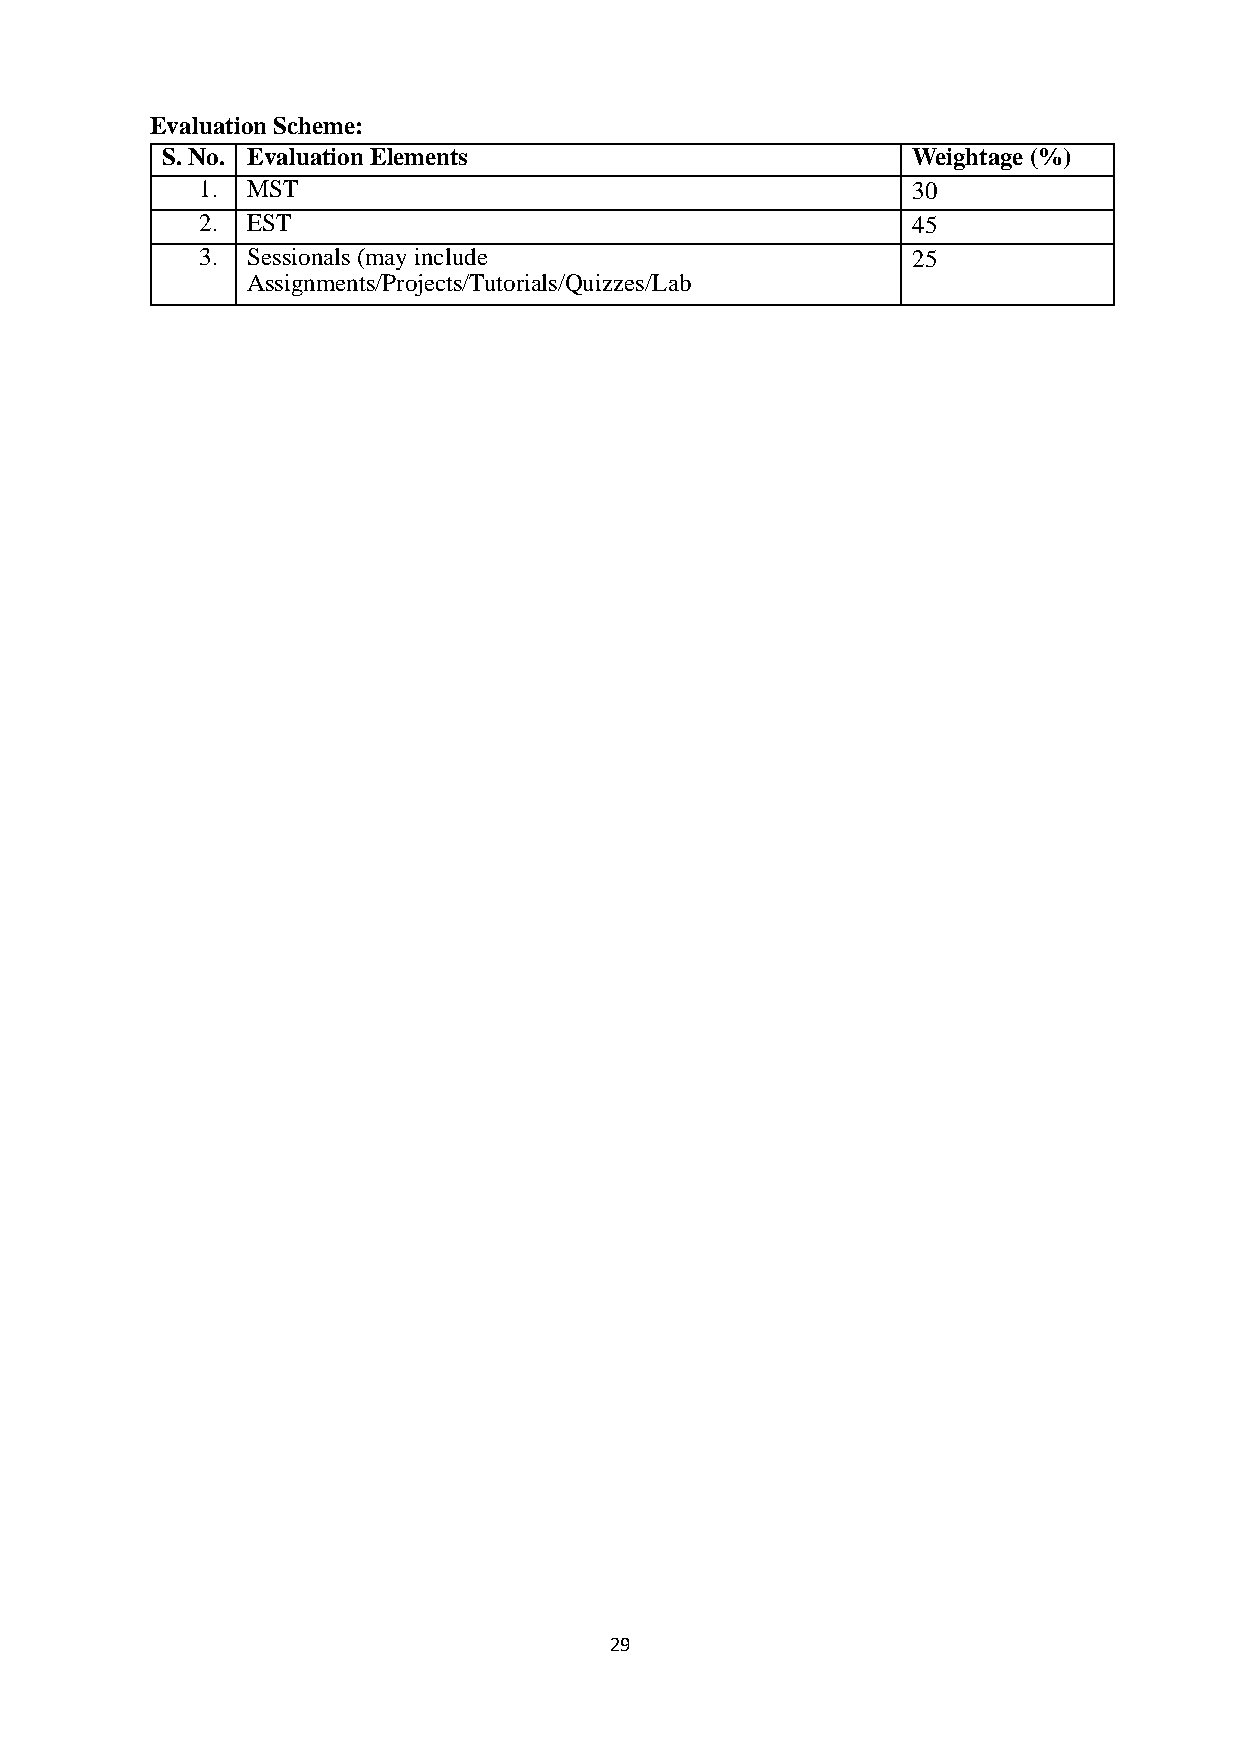
Evaluation Scheme:
 S. No. Evaluation Elements                       Weightage (%)
 1. MST                                         30
 2. EST                                         45
 3. Sessionals (may include                     25
 Assignments/Projects/Tutorials/Quizzes/Lab
 Evaluations)
 29